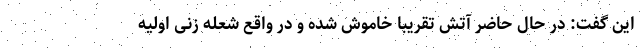
این گفت: در حال حاضر آتش تقریبا خاموش شده و در واقع شعله زنی اولیه